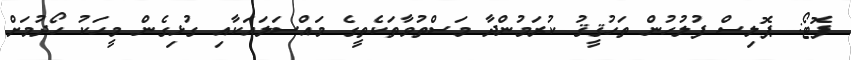
ފޮޓޯ: ޕޮލިސް ފުލުހުން ތަހުޤީޤު ކުރަމުންދާ މަސްތުވާތަކެތީގެ މައްސަލައަކާއި ގުޅިގެން މީހަކު ހޯދުމަށް